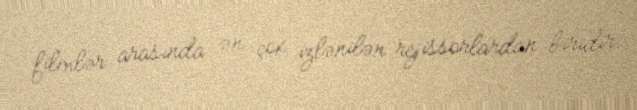
filmlər arasında ən çox izlənilən rejissorlardan biridir.